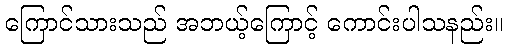
ကြောင်သားသည် အဘယ့်ကြောင့် ကောင်းပါသနည်း။